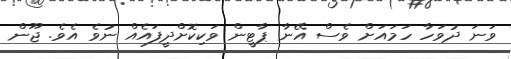
ވަނަ ދުވަހާ ހަމައަށް ވެސް އޭނާ ޕާޓީން ވަކިކޮށްދީފައެއް ނުވެ އެވެ. ޖޫން